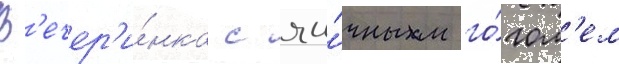
В'ечер'и́нка с яи́чным го́гол'ем